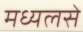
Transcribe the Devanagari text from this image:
मध्यलसे